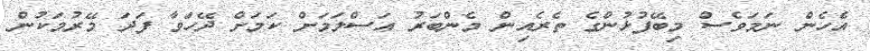
އެހެން ނަމަވެސް މިބޭފުޅުންގެ ތެރެއިން މެންބަރު އަސްލަމަށް ކަމަށް ދޭހަވާ ފަދަ މޭރުމަކުން